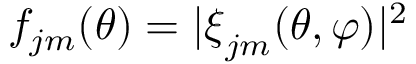
f _ { j m } ( \theta ) = | \boldsymbol { \xi } _ { j m } ( \theta , \varphi ) | ^ { 2 }